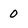
Character: 0